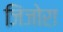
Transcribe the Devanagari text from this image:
जिंजोरा